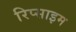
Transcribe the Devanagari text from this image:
रिप्साइम